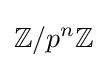
\mathbb {Z} /p^{n}\mathbb {Z}